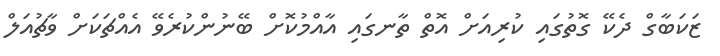
ޒަކަބާގް ދެކޭ ގޮތުގައި ކުރިއަށް އޮތް ތާނގައި އާއްމުކޮށް ބޭނުންކުރެވޭ އެއްޗަކަށް ވާޗުއަލް